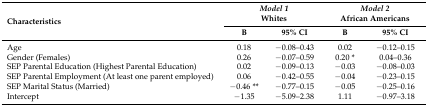
| <ROWSPAN=2> Characteristics | <COLSPAN=2> Model 1Whites | <COLSPAN=2> Model 2African Americans |
 | B | 95% CI | B | 95% CI |
 | --- | --- | --- | --- | --- |
 | Age | 0.18 | −0.08–0.43 | 0.02 | −0.12–0.15 |
 | Gender (Females) | 0.26 | −0.07–0.59 | 0.20 * | 0.04–0.36 |
 | SEP Parental Education (Highest Parental Education) | 0.02 | −0.09–0.13 | −0.03 | −0.08–0.03 |
 | SEP Parental Employment (At least one parent employed) | 0.06 | −0.42–0.55 | −0.04 | −0.23–0.15 |
 | SEP Marital Status (Married) | −0.46 ** | −0.77–0.15 | −0.05 | −0.25–0.16 |
 | Intercept | −1.35 | −5.09–2.38 | 1.11 | −0.97–3.18 |